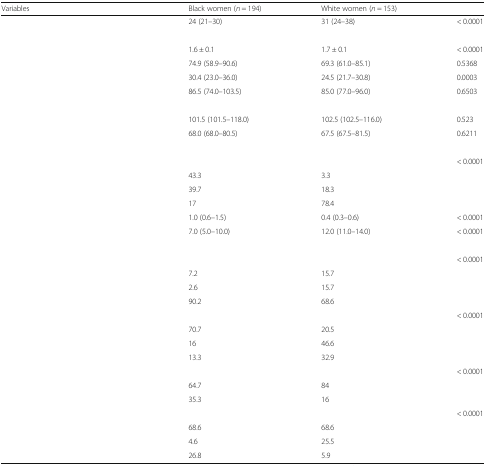
<table><thead><tr><td><b>Variables</b></td><td><b>Black women (<i>n</i> = 194)</b></td><td><b>White women (<i>n</i> = 153)</b></td><td>[EMPTY_CELL]</td></tr></thead><tbody><tr><td>[EMPTY_CELL]</td><td>24 (21–30)</td><td>31 (24–38)</td><td>&lt; 0.0001</td></tr><tr><td colspan="4">[EMPTY_CELL]</td></tr><tr><td>[EMPTY_CELL]</td><td>1.6 ± 0.1</td><td>1.7 ± 0.1</td><td>&lt; 0.0001</td></tr><tr><td>[EMPTY_CELL]</td><td>74.9 (58.9–90.6)</td><td>69.3 (61.0–85.1)</td><td>0.5368</td></tr><tr><td>[EMPTY_CELL]</td><td>30.4 (23.0–36.0)</td><td>24.5 (21.7–30.8)</td><td>0.0003</td></tr><tr><td>[EMPTY_CELL]</td><td>86.5 (74.0–103.5)</td><td>85.0 (77.0–96.0)</td><td>0.6503</td></tr><tr><td colspan="4">[EMPTY_CELL]</td></tr><tr><td>[EMPTY_CELL]</td><td>101.5 (101.5–118.0)</td><td>102.5 (102.5–116.0)</td><td>0.523</td></tr><tr><td>[EMPTY_CELL]</td><td>68.0 (68.0–80.5)</td><td>67.5 (67.5–81.5)</td><td>0.6211</td></tr><tr><td colspan="4">[EMPTY_CELL]</td></tr><tr><td>[EMPTY_CELL]</td><td>[EMPTY_CELL]</td><td>[EMPTY_CELL]</td><td>&lt; 0.0001</td></tr><tr><td>[EMPTY_CELL]</td><td>43.3</td><td>3.3</td><td>[EMPTY_CELL]</td></tr><tr><td>[EMPTY_CELL]</td><td>39.7</td><td>18.3</td><td>[EMPTY_CELL]</td></tr><tr><td>[EMPTY_CELL]</td><td>17</td><td>78.4</td><td>[EMPTY_CELL]</td></tr><tr><td>[EMPTY_CELL]</td><td>1.0 (0.6–1.5)</td><td>0.4 (0.3–0.6)</td><td>&lt; 0.0001</td></tr><tr><td>[EMPTY_CELL]</td><td>7.0 (5.0–10.0)</td><td>12.0 (11.0–14.0)</td><td>&lt; 0.0001</td></tr><tr><td colspan="4">[EMPTY_CELL]</td></tr><tr><td>[EMPTY_CELL]</td><td>[EMPTY_CELL]</td><td>[EMPTY_CELL]</td><td>&lt; 0.0001</td></tr><tr><td>[EMPTY_CELL]</td><td>7.2</td><td>15.7</td><td>[EMPTY_CELL]</td></tr><tr><td>[EMPTY_CELL]</td><td>2.6</td><td>15.7</td><td>[EMPTY_CELL]</td></tr><tr><td>[EMPTY_CELL]</td><td>90.2</td><td>68.6</td><td>[EMPTY_CELL]</td></tr><tr><td>[EMPTY_CELL]</td><td>[EMPTY_CELL]</td><td>[EMPTY_CELL]</td><td>&lt; 0.0001</td></tr><tr><td>[EMPTY_CELL]</td><td>70.7</td><td>20.5</td><td>[EMPTY_CELL]</td></tr><tr><td>[EMPTY_CELL]</td><td>16</td><td>46.6</td><td>[EMPTY_CELL]</td></tr><tr><td>[EMPTY_CELL]</td><td>13.3</td><td>32.9</td><td>[EMPTY_CELL]</td></tr><tr><td>[EMPTY_CELL]</td><td>[EMPTY_CELL]</td><td>[EMPTY_CELL]</td><td>&lt; 0.0001</td></tr><tr><td>[EMPTY_CELL]</td><td>64.7</td><td>84</td><td>[EMPTY_CELL]</td></tr><tr><td>[EMPTY_CELL]</td><td>35.3</td><td>16</td><td>[EMPTY_CELL]</td></tr><tr><td>[EMPTY_CELL]</td><td>[EMPTY_CELL]</td><td>[EMPTY_CELL]</td><td>&lt; 0.0001</td></tr><tr><td>[EMPTY_CELL]</td><td>68.6</td><td>68.6</td><td>[EMPTY_CELL]</td></tr><tr><td>[EMPTY_CELL]</td><td>4.6</td><td>25.5</td><td>[EMPTY_CELL]</td></tr><tr><td>[EMPTY_CELL]</td><td>26.8</td><td>5.9</td><td>[EMPTY_CELL]</td></tr></tbody></table>